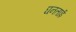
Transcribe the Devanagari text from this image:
घनताई